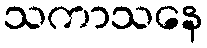
သကာသနေ